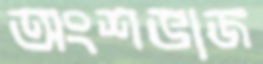
অংশভাজ